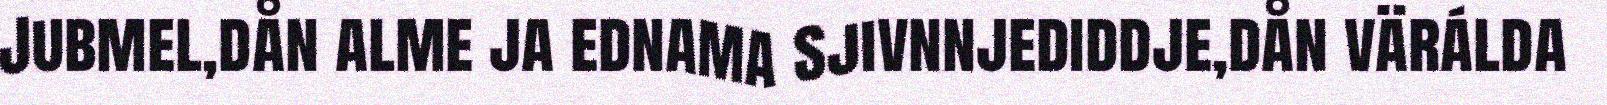
Jubmel,dån alme ja ednama Sjivnnjediddje,dån värálda